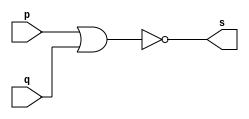
// --------------------------------
// Guia 02 - Exercicio 02
// Porta AND_NOR
// Nome: Marco Antonio Maciel Belo
// --------------------------------

// --------------------------------
// -- NOR
// --------------------------------

module norgate (s, p, q);
 output s;
 input  p, q;

 assign s = ~(p | q);

endmodule // fim do module

// --------------------------------
// -- AND_NOR
// --------------------------------

module andgate (s, p, q);
 output s;
 input  p, q;
 wire temp1,temp2;
 
 norgate nor1(temp1, p, p);
 norgate nor2(temp2, q, q);
 norgate nor3(s, temp1, temp2);

endmodule // fim do module

// ---------------------
// -- TEST AND_NOR
// ---------------------

module testAND_NOR;
 reg   a, b;
 wire  s;

 // instancia
 andgate AND1(s, a, b);
 
 initial begin
 	a = 0; b = 0;
 end
 
 // parte principal
 initial begin
      $display("Guia 02 - Exercicio 2");
		$display("\nMarco Antonio M. Belo - 410796");
      $display("\nTest AND_NOR gate");
      $display("\na | b = s\n");
		$monitor("%b | %b = %b", a,b,s);
		
		#1 a = 0; b = 1;
		#1 a = 1; b = 0;
		#1 a = 1; b = 1; 
end

endmodule // fim do module